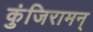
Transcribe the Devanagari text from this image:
कुंजिरामन्